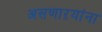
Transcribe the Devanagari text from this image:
असणाऱयांना